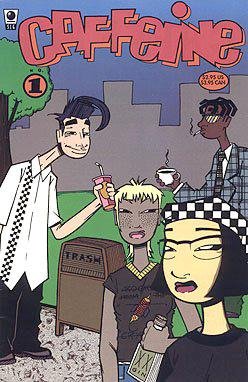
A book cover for Caffeine 1; Jim Hill; Health, Fitness & Dieting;